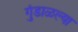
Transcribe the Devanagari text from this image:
गुंडाळल्या